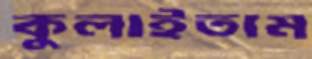
কুলাইতাম